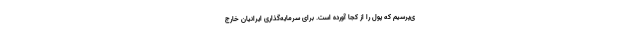
ی‌پرسیم که پول را از کجا آورده است. برای سرمایه‌گذاری ایرانیان خارج